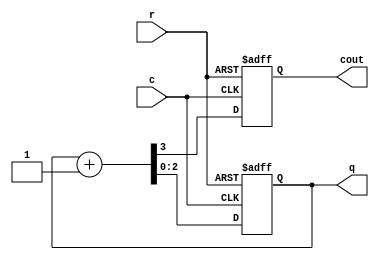
module counter_mod8(c, r, q, cout);
	input c, r;
	output [2:0] q;
	output reg cout;
	reg[2:0] ctval;
	assign q = ctval;
	always @(posedge c or posedge r) 
		if (r) 
			{cout, ctval} <= 0;
		else 
			{cout,ctval} <= ctval + 1'b1;
endmodule